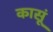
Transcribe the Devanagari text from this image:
कासूं